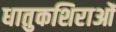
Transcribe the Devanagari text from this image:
धातुकशिराओं